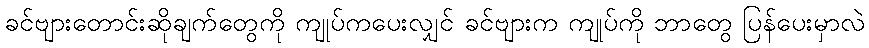
ခင်ဗျားတောင်းဆိုချက်တွေကို ကျုပ်ကပေးလျှင် ခင်ဗျားက ကျုပ်ကို ဘာတွေ ပြန်ပေးမှာလဲ